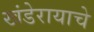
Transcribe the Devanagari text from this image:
खंडेरायाचे